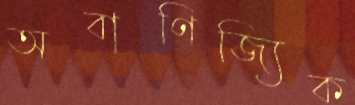
অবাণিজ্যিক